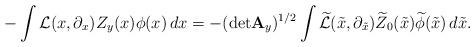
LaTeX: \begin{align*} -\int {\mathcal L}(x,\partial_x) Z_y(x)\phi(x)\,dx=-({\det}{\bf A}_y)^{1/2}\int \widetilde{\mathcal L}(\tilde x,\partial_{\tilde x})\widetilde Z_0(\tilde x)\widetilde\phi(\tilde x)\,d\tilde x. \end{align*}